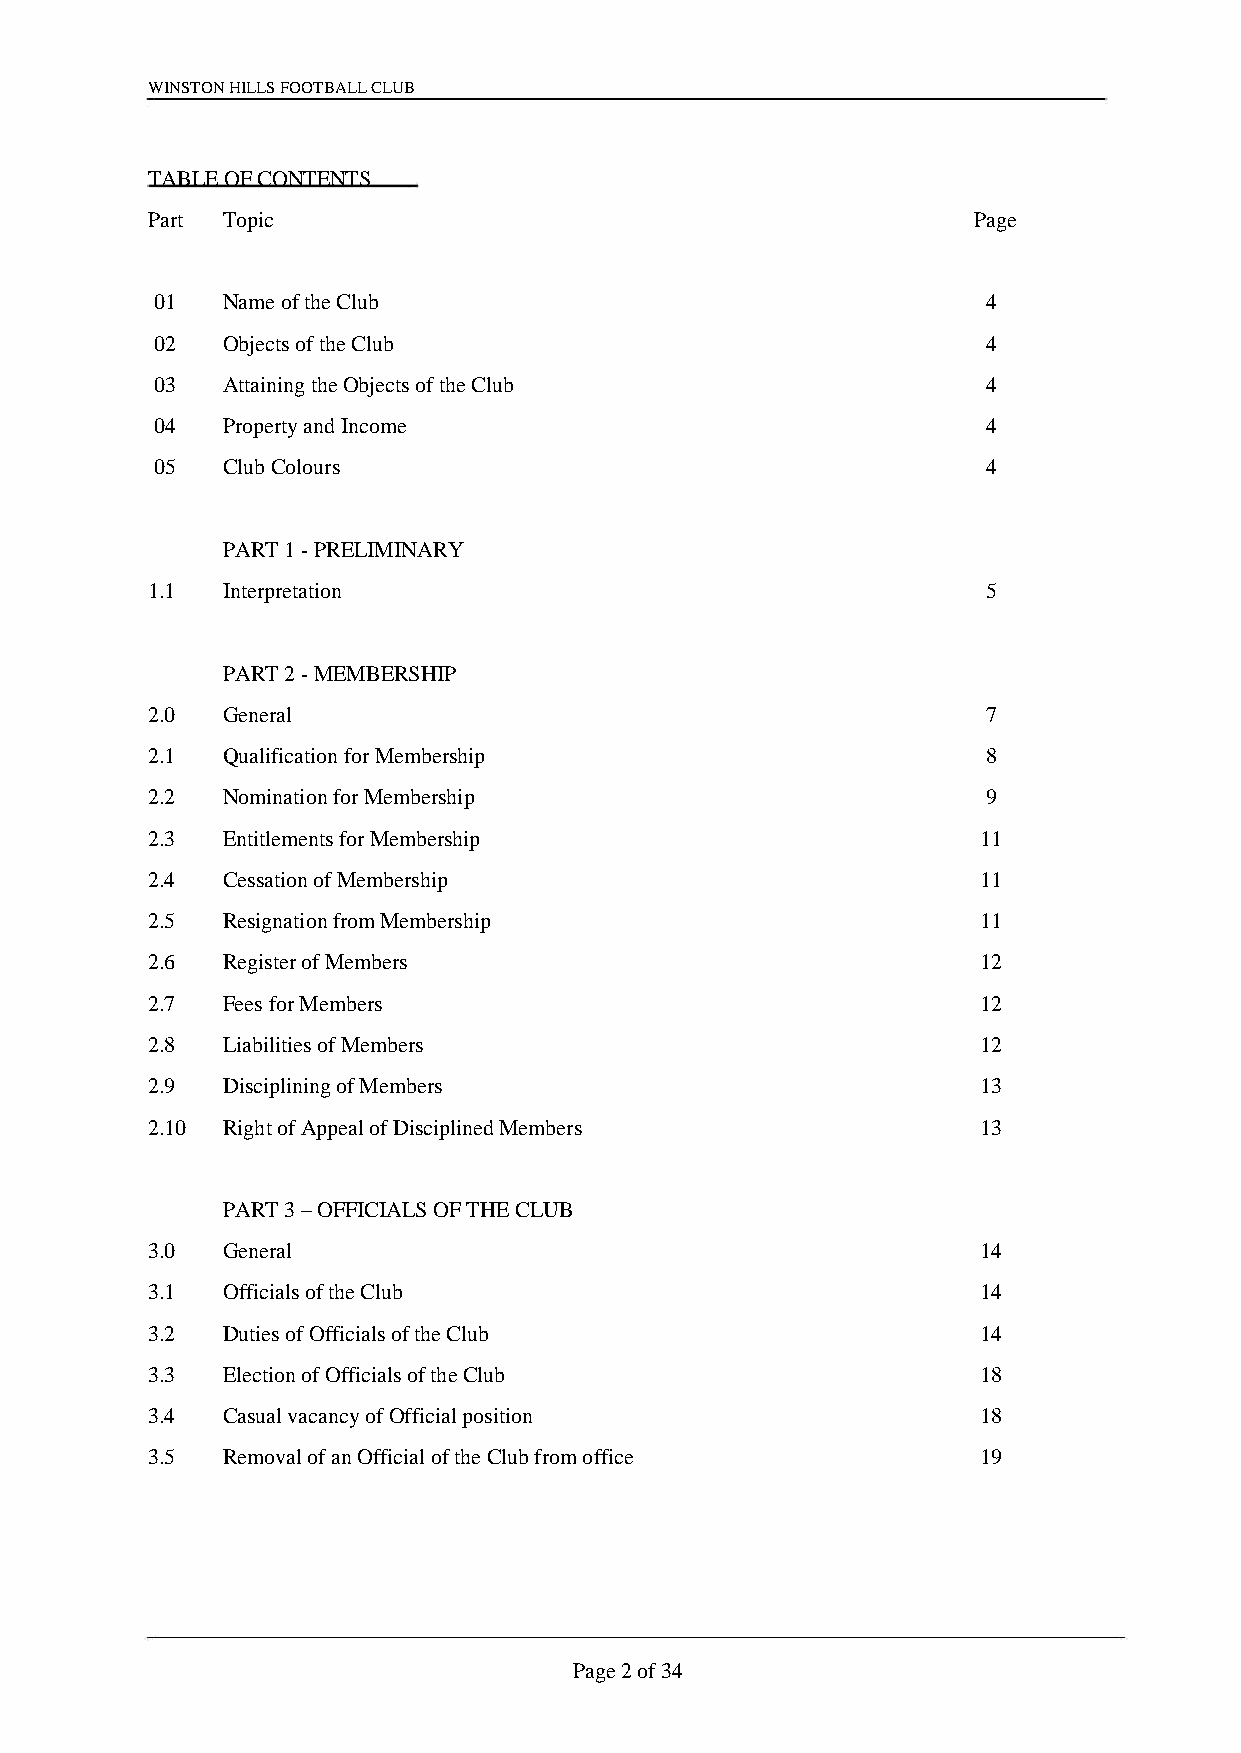
WINSTON HILLS FOOTBALL CLUB
 TABLE OF CONTENTS
 Part Topic                                            Page
 01   Name of the Club                                  4
 02   Objects of the Club                               4
 03   Attaining the Objects of the Club                 4
 04   Property and Income                               4
 05   Club Colours                                      4
 PART 1 - PRELIMINARY
 1.1  Interpretation                                    5
 PART 2 - MEMBERSHIP
 2.0  General                                           7
 2.1  Qualification for Membership                      8
 2.2  Nomination for Membership                         9
 2.3  Entitlements for Membership                       11
 2.4  Cessation of Membership                           11
 2.5  Resignation from Membership                       11
 2.6  Register of Members                               12
 2.7  Fees for Members                                  12
 2.8  Liabilities of Members                            12
 2.9  Disciplining of Members                           13
 2.10 Right of Appeal of Disciplined Members            13
 PART 3 – OFFICIALS OF THE CLUB
 3.0  General                                           14
 3.1  Officials of the Club                             14
 3.2  Duties of Officials of the Club                   14
 3.3  Election of Officials of the Club                 18
 3.4  Casual vacancy of Official position               18
 3.5  Removal of an Official of the Club from office    19
 Page 2 of 34